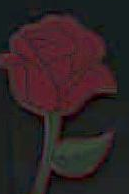
-